Report of the Indian Hemp Drugs Commission, 1894-1895 - Volume V
Year: 1894
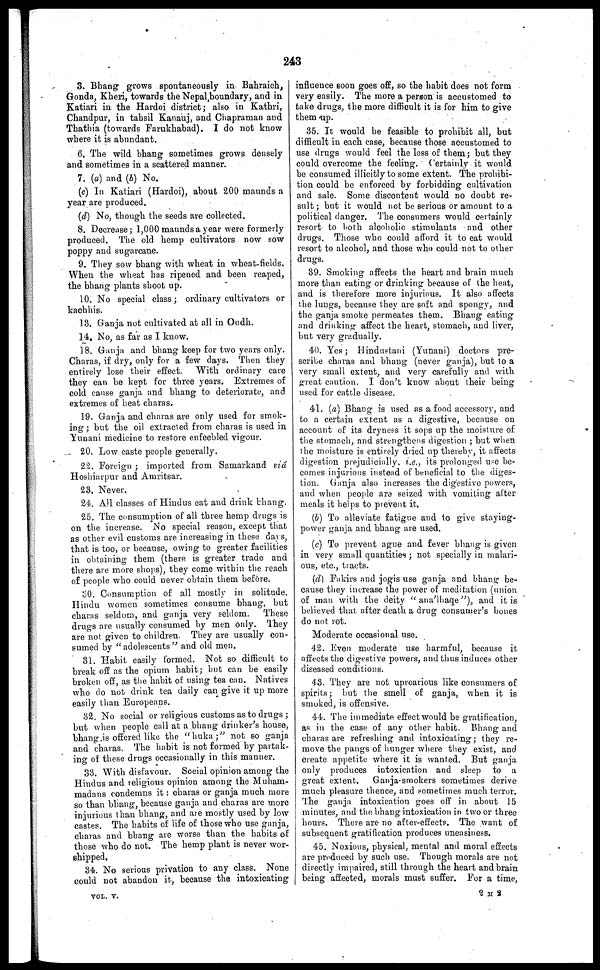
243
3. Bhang grows spontaneously in Bahraich,
Gonda, Kheri, towards the Nepal boundary, and in
Katiari in the Hardoi district ; also in Kathri,
Chandpur, in tahsil Kanauj, and Chapraman and
Thathia (towards Farukhabad). I do not know
where it is abundant.
6. The wild bhang sometimes grows densely
and sometimes in a scattered manner.
7. (a) and (b) No.
(c) In Katiari (Hardoi), about 200 maunds a
year are produced.
(d) No, though the seeds are collected.
8. Decrease ; 1,000 maunds a year were formerly
produced. The old hemp cultivators now sow
poppy and sugarcane.
9. They sow bhang with wheat in wheat-fields.
When the wheat has ripened and been reaped,
the bhang plants shoot up.
10. No special class ; ordinary cultivators or
kachhis.
13. Ganja not cultivated at all in Oudh.
14. No, as far as I know.
18. Ganja and bhang keep for two years only.
Charas, if dry, only for a few days. Then they
entirely lose their effect.
With ordinary care
they can be kept for three years. Extremes of
cold cause ganja and bhang to deteriorate, and
extremes of heat charas.
19. Ganja and charas are only used for smok-
ing ; but the oil extracted from charas is used in
Yunani medicine to restore enfeebled vigour.
20. Low caste people generally.
22. Foreign ; imported from Samarkand via
Hoshiarpur and Amritsar.
23. Never.
24. All classes of Hindus eat and drink bhang.
25. The consumption of all three hemp drugs is
on the increase. No special reason, except that
as other evil customs are increasing in these days,
that is too, or because, owing to greater facilities
in obtaining them (there is greater trade and
there are more shops), they come within the reach
of people who could never obtain them before.
30. Consumption of all mostly in solitude.
Hindu women sometimes consume bhang, but
charas seldom, and ganja very seldom.
These
drugs are usually consumed by men only. They
are not given to children. They are usually con-
sumed by "adolescents" and old men.
31. Habit easily formed. Not so difficult to
break off as the opium habit; hut can be easily
broken off, as the habit of using tea can. Natives
who do not drink tea daily can give it up more
easily than Europeans.
32. No social or religious customs as to drugs ;
but when people call at a bhang drinker's house,
bhang is offered like the "huka ;" not so ganja
and charas. The habit is not formed by partak-
ing of these drugs occasionally in this manner.
33. With disfavour. Social opinion among the
Hindus and leligious opinion among the Muham-
madans condemns it : charas or ganja much more
so than bhang, because ganja and charas are more
injurious than bhang, and are mostly used by low
castes. The habits of life of those who use ganja,
charas and bhang are worse than the habits of
those who do not. The hemp plant is never wor-
shipped.
34. No serious privation to any class. None
could not abandon it, because the intoxicating
influence 60on goes off, so the habit does not form
very easily. The more a person is accustomed to
take drugs, the more difficult it is for him to give
them up.
35. It would be feasible to prohibit all, but
difficult in each case, because those accustomed to
use drugs would feel the loss of them ; but they
could overcome the feeling. Certainly it would
be consumed illicitly to some extent. The prohibi-
tion could be enforced by forbidding cultivation
and sale. Some discontent would no doubt re-
sult ; but it would not be serious or amount to a
political danger. The consumers would certainly
resort to both alcoholic stimulants and other
drugs. Those who could afford it to eat would
resort to alcohol, and those who could not to other
drugs.
39. Smoking affects the heart and brain much
more than eating or drinking because of the heat,
and is therefore more injurious. It also affects
the lungs, because they are soft and spongy, and
the ganja smoke permeates them. Bhang eating
and drinking affect the heart, stomach, and liver,
but very gradually.
40. Yes ; Hindustani (Yunani) doctors pre-
scribe charas and bhang (never ganja), but to a
very small extent, and very carefully and with
great caution. I don't know about their being
used for cattle disease.
41. (a) Bhang is used as a food accessory, and
to a certain extent as a digestive, because on
account of its dryness it sops up the moisture of
the stomach, and strengthens digestion ; but when
the moisture is entirely dried up thereby, it affects
digestion prejudicially, i.e., its prolonged use be-
comes injurious instead of beneficial to the diges-
tion. Ganja also increases the digestive powers,
and when people are seized with vomiting after
meals it helps to prevent it.
(b) To alleviate fatigue and to give staying-
power ganja and bhang are used.
(c) To prevent ague and fever bhang is given
in very small quantities ; not specially in malari-
ous, etc., tracts.
(d) Fakirs and jogis use ganja and bhang be-
cause they increase the power of meditation (union
of man with the deity "ana'lhaqe"),
and it is
believed that after death a drug consumer's bones
do not rot.
Moderate occasional use.
42. Even moderate use harmful, because it
affects the digestive powers, and thus induces other
diseased conditions.
43. They are not uproarious like consumers of
spirits; but the smell of ganja, when it is
smoked, is offensive.
44. The immediate effect would be gratification,
as in the case of any other habit. Bhang and
charas are refreshing and intoxicating ; they re-
move the pangs of hunger where they exist, and
create appetite where it is wanted. But ganja
only produces intoxication and sleep to a
great extent.
Ganja-smokers sometimes derive
much pleasure thence, and sometimes much terror.
The ganja intoxication goes off in about 15
minutes, and the bhang intoxication in two or three
hours. There are no after-effects. The want of
subsequent gratification produces uneasiness.
45. Noxious, physical, mental and moral effects
are produced by such use. Though morals are not
directly impaired, still through the heart and brain
being affected, morals must suffer. For a time,
VOL. V.
2 M 2